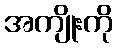
အကျိုးကို